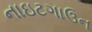
નાઇટગાઉન